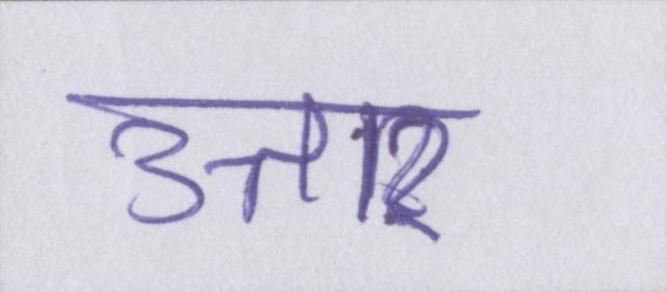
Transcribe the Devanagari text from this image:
उत्तार